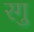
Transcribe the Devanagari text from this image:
रगु